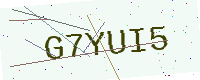
Text: G7YUI5